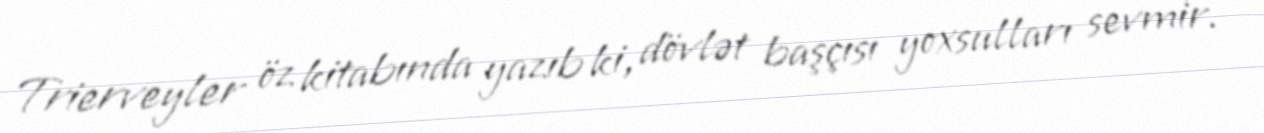
Trierveyler öz kitabında yazıb ki, dövlət başçısı yoxsulları sevmir.